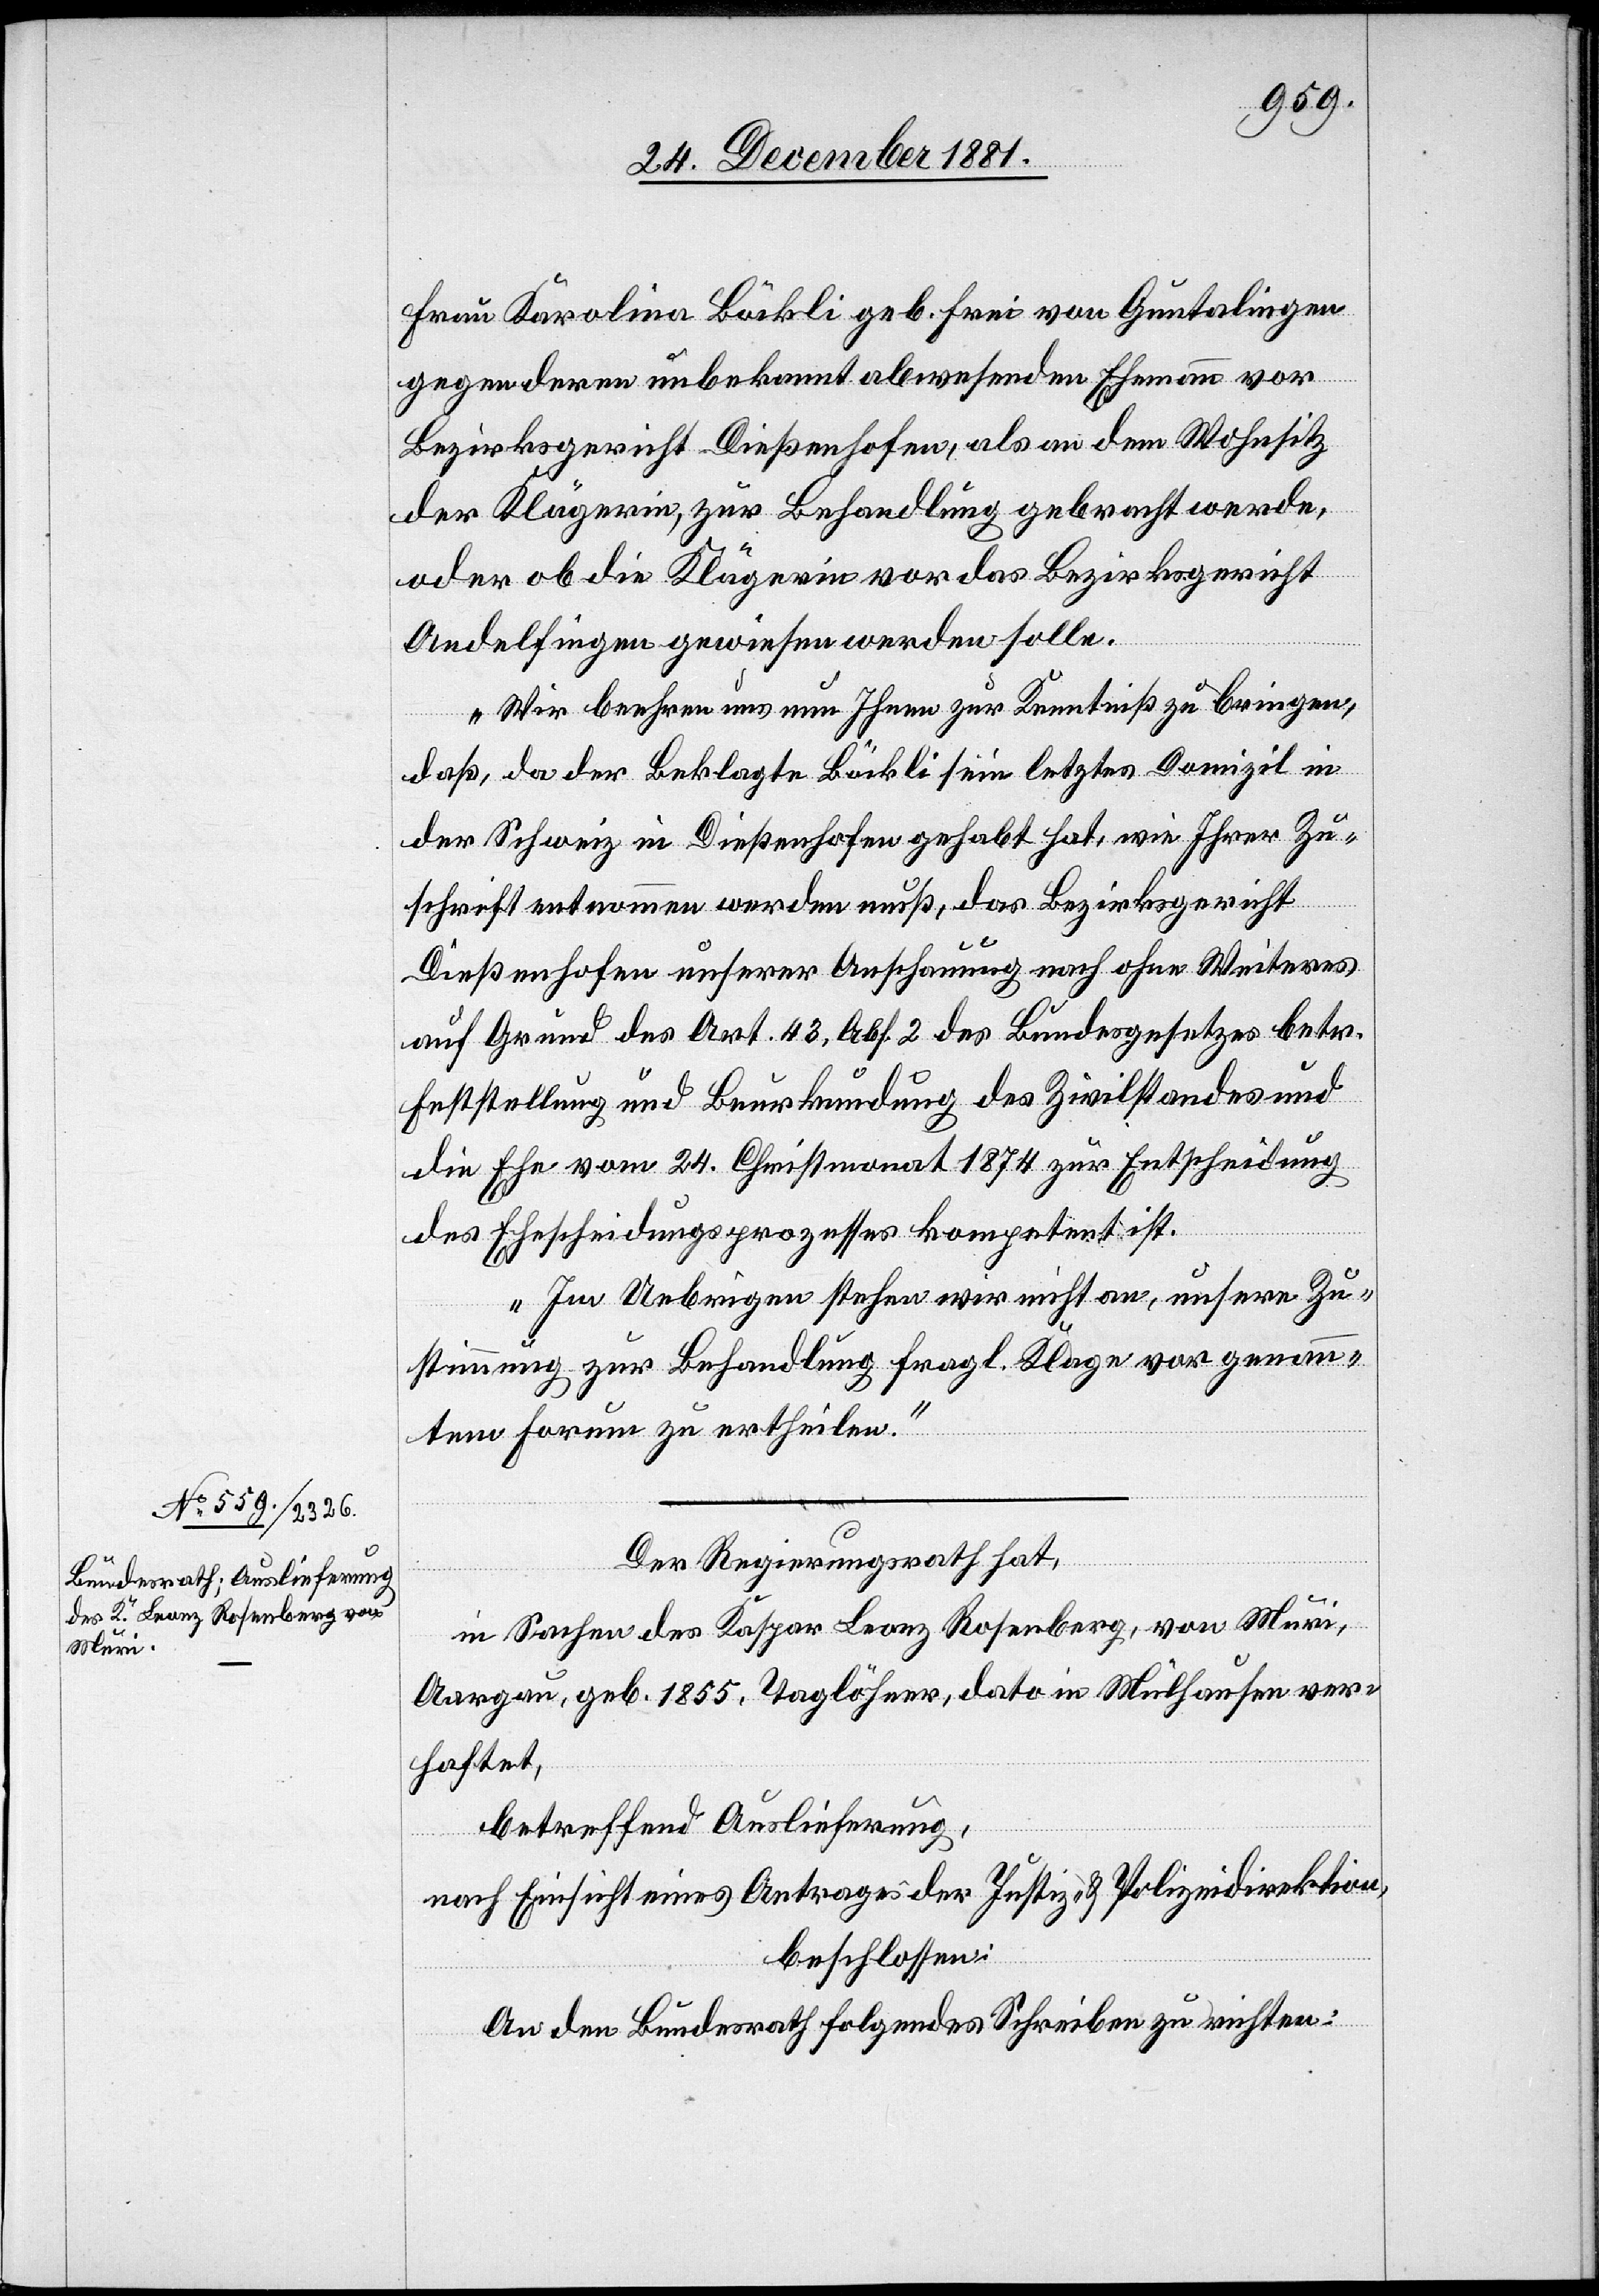
Frau Karolina Bäckli geb. Frei von Guntalingen
gegen deren unbekannt abwesenden Ehemann vor
Bezirksgericht Dießenhofen, als an dem Wohnsitz
der Klägerin, zur Behandlung gebracht werde,
oder ob die Klägerin vor das Bezirksgericht
Andelfingen gewiesen werden solle.
Wir beehren uns nun Ihnen zur Kenntniß zu bringen,
daß, da der Beklagte Bäckli sein letztes Domizil in
der Schweiz in Dießenhofen gehabt hat, wie Ihrer Zu¬
schrift entnommen werden muß, das Bezirksgericht
Dießenhofen unserer Anschauung nach ohne Weiteres
auf Grund des Art. 43, Abs. 2 des Bundesgesetzes betr.
Feststellung und Beurkundung des Zivilstandes und
die Ehe vom 24. Christmonat 1874 zur Entscheidung
des Ehescheidungsprozesses kompetent ist.
Im Uebrigen stehen wir nicht an, unsere Zu¬
stimmung zur Behandlung fragl. Klage vor genann¬
tem Forum zu ertheilen.“
Der Regierungsrath hat,
in Sachen des Kaspar Leonz Rosenberg, von Muri,
Aargau, geb. 1855, Taglöhner, dato in Mühlhausen ver¬
haftet,
betreffend Auslieferung,
nach Einsicht eines Antrages der Justiz- & Polizeidirektion,
beschlossen:
An den Bundesrath folgendes Schreiben zu richten: